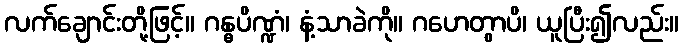
လက်ချောင်းတို့ဖြင့်။ ဂန္ဓပိဏ္ဍံ၊ နံ့သာခဲကို။ ဂဟေတွာပိ၊ ယူပြီး၍လည်း။